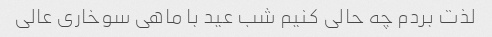
لذت بردم چه حالی کنیم شب عید با ماهی سوخاری عالی